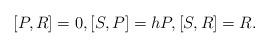
LaTeX: \begin{align*}[P,R] =0, [S,P] = h P, [S,R] = R.\end{align*}